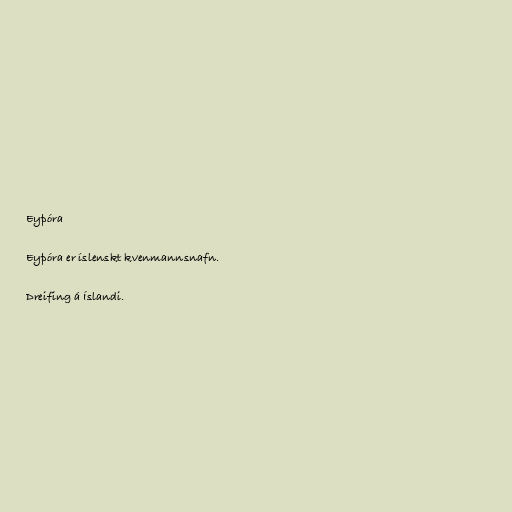
Eyþóra

Eyþóra er íslenskt kvenmannsnafn.

Dreifing á Íslandi.